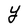
Character: Y